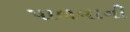
પાળવાની